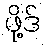
ဖို့ဒ်